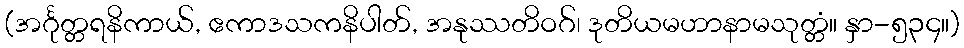
(အင်္ဂုတ္တရနိကာယ်, ဧကာဒသကနိပါတ်, အနုဿတိဝဂ်၊ ဒုတိယမဟာနာမသုတ္တံ။ နှာ-၅၃၄။)